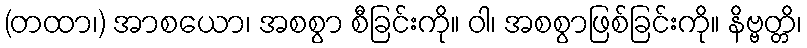
(တထာ၊) အာစယော၊ အစစွာ စီခြင်းကို။ ဝါ၊ အစစွာဖြစ်ခြင်းကို။ နိဗ္ဗတ္တိ၊